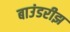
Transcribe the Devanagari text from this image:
बाउंडरीझ